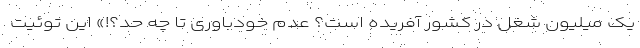
یک میلیون شغل در کشور آفریده است؟ عدم خودباوری تا چه حد؟!» این توئیت